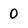
Character: 0